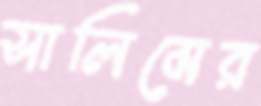
সালিমের